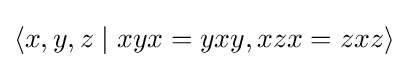
\langle x,y,z\mid xyx=yxy,xzx=zxz\rangle